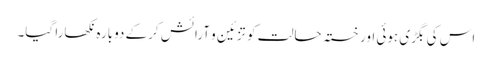
اس کی بگڑی ہوئی اور خستہ حالت کو تزئین و آرائش کرکے دوبارہ نکھارا گیا۔